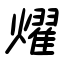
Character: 燿